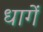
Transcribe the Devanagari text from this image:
धागें